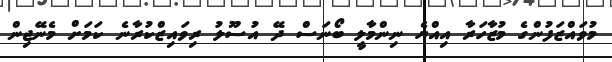
މުވައްޒަފުންގެ މުޒާހަރާ އިއްޔެ ނިންމާލީ ބޯނަސް ދޭ އުސޫލު ރިވައިޒްކުރާނެ ކަމަށް މެނޭޖިން